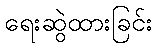
ရေးဆွဲထားခြင်း